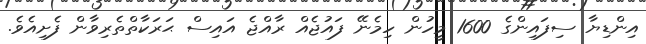
އިންޑިޔާ ސިފައިންގެ 1600 މީހުން ހިމެނޭ ފައުޖެއް ރާއްޖެ އައިސް ޙަރަކާތްތެރިވާން ފެށިއެވެ.